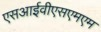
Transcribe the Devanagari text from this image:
एसआईवीएसएमएम